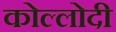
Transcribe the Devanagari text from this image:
कोल्लोदी